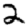
Digit: 2